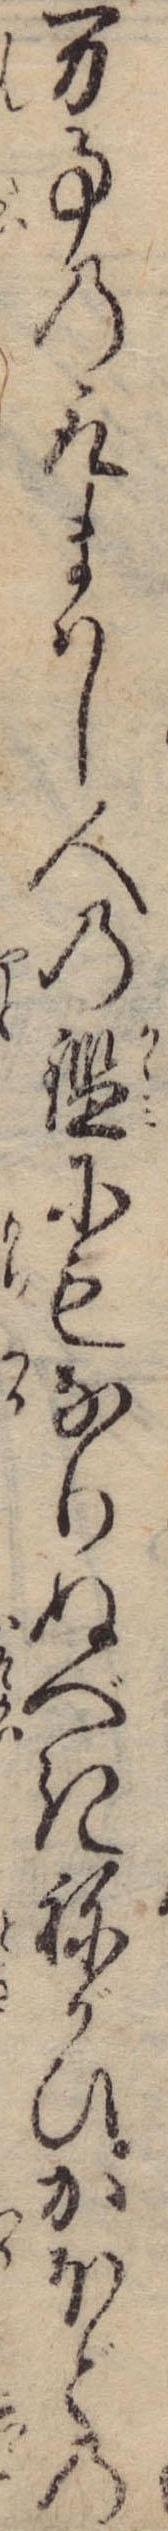
万事の取まはし人の鑑にもなりぬべきねがひかほどの